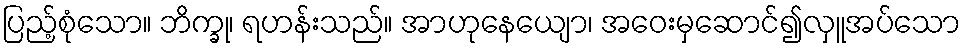
ပြည့်စုံသော။ ဘိက္ခု၊ ရဟန်းသည်။ အာဟုနေယျော၊ အဝေးမှဆောင်၍လှူအပ်သော